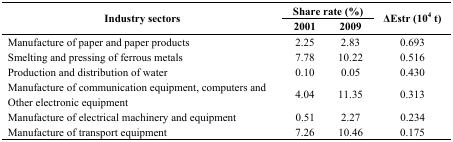
| <ROWSPAN=2> Industry sectors | <COLSPAN=2> Share rate (%) | <ROWSPAN=2> ΔEstr (104 t) |
 | 2001 | 2009 |
 | --- | --- | --- | --- |
 | Manufacture of paper and paper products | 2.25 | 2.83 | 0.693 |
 | Smelting and pressing of ferrous metals | 7.78 | 10.22 | 0.516 |
 | Production and distribution of water | 0.10 | 0.05 | 0.430 |
 | Manufacture of communication equipment, computers and Other electronic equipment | 4.04 | 11.35 | 0.313 |
 | Manufacture of electrical machinery and equipment | 0.51 | 2.27 | 0.234 |
 | Manufacture of transport equipment | 7.26 | 10.46 | 0.175 |